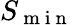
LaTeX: S_{\mathrm{~m~i~n~}}